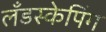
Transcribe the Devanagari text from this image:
लँडस्केपिंग